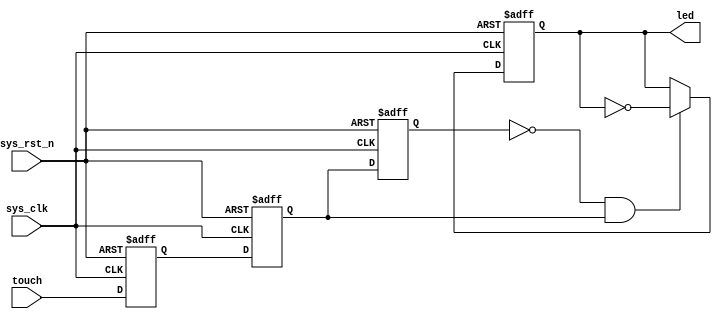
module touch_led (
    input       sys_clk     ,
    input       sys_rst_n   ,
    input       touch       ,
    output reg  led
);

//
reg touch_d0;
reg touch_d1;
reg touch_d2;
wire touch_rise;
assign touch_rise = (!touch_d2) & touch_d1;
always @(posedge sys_clk or negedge sys_rst_n) begin
    if(!sys_rst_n) begin
        touch_d0 <= 1'b0;
        touch_d1 <= 1'b0;
        touch_d2 <= 1'b0;
    end
    else begin
        touch_d0 <= touch;
        touch_d1 <= touch_d0;
        touch_d2 <= touch_d1;
    end
end

always @(posedge sys_clk or negedge sys_rst_n) begin
    if(!sys_rst_n)
        led <= 1'b0;
    else if(touch_rise)
        led <= ~led;
    else
        led <= led;
end
 
endmodule